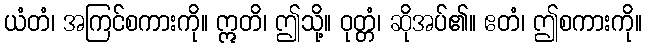
ယံတံ၊ အကြင်စကားကို။ ဣတိ၊ ဤသို့။ ဝုတ္တံ၊ ဆိုအပ်၏။ ဧတံ၊ ဤစကားကို။